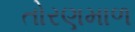
તોરણમાળ